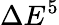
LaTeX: \Delta E^{5}